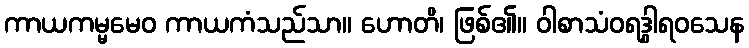
ကာယကမ္မမေဝ ကာယကံသည်သာ။ ဟောတိ၊ ဖြစ်၏။ ဝါစာသံဝရဒွါရဝသေန